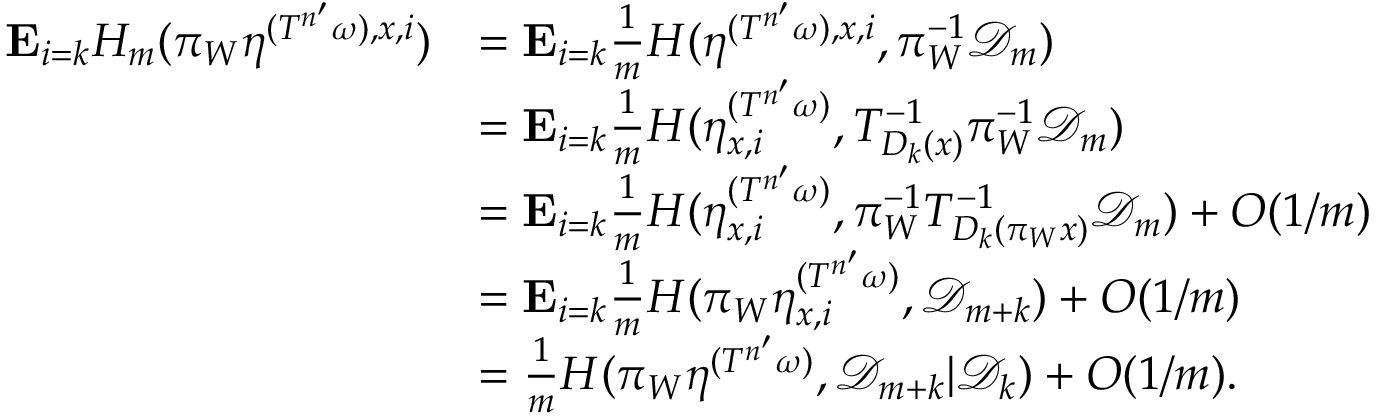
\begin{array} { r l } { \mathbf E _ { i = k } H _ { m } ( \pi _ { W } \eta ^ { ( { T ^ { n ^ { \prime } } } \omega ) , x , i } ) } & { = \mathbf E _ { i = k } \frac { 1 } { m } H ( \eta ^ { ( { T ^ { n ^ { \prime } } } \omega ) , x , i } , \pi _ { W } ^ { - 1 } { \mathcal D } _ { m } ) } \\ & { = \mathbf E _ { i = k } \frac { 1 } { m } H ( \eta _ { x , i } ^ { ( { T ^ { n ^ { \prime } } } \omega ) } , T _ { D _ { k } ( x ) } ^ { - 1 } \pi _ { W } ^ { - 1 } { \mathcal D } _ { m } ) } \\ & { = \mathbf E _ { i = k } \frac { 1 } { m } H ( \eta _ { x , i } ^ { ( { T ^ { n ^ { \prime } } } \omega ) } , \pi _ { W } ^ { - 1 } T _ { D _ { k } ( \pi _ { W } x ) } ^ { - 1 } { \mathcal D } _ { m } ) + O ( 1 / m ) } \\ & { = \mathbf E _ { i = k } \frac { 1 } { m } H ( \pi _ { W } \eta _ { x , i } ^ { ( { T ^ { n ^ { \prime } } } \omega ) } , { \mathcal D } _ { m + k } ) + O ( 1 / m ) } \\ & { = \frac { 1 } { m } H ( \pi _ { W } \eta ^ { ( { T ^ { n ^ { \prime } } } \omega ) } , { \mathcal D } _ { m + k } | { \mathcal D } _ { k } ) + O ( 1 / m ) . } \end{array}